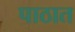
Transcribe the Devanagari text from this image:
पाठात